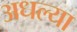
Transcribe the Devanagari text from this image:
अधल्या